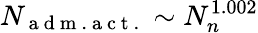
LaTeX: N_{\mathrm{~a~d~m~.~a~c~t~.~}}\sim N_{n}^{1.002}